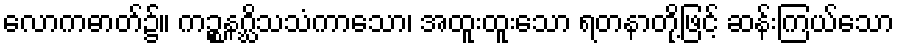
လောကဓာတ်၌။ ကဉ္စနဂ္ဃိသသံကာသော၊ အထူးထူးသော ရတနာတို့ဖြင့် ဆန်းကြယ်သော